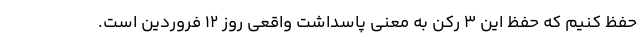
حفظ کنیم که حفظ این ۳ رکن به معنی پاسداشت واقعی روز ۱۲ فروردین است.